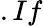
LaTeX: .If